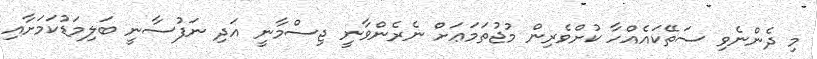
މި ދެންނެވި ސަތޭކައެއްހާ ކުށްވެރިން މުޖުތަމަޢަށް ނެރެންވާނީ ޖިސްމާނީ އަދި ނަފުސާނީ ބަލިމަޑުކަމަށާއި